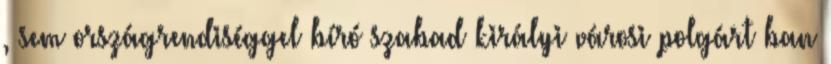
, sem országrendiséggel bíró szabad királyi városi polgárt ban